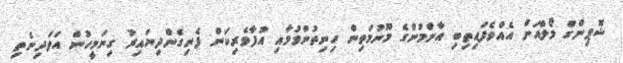
ޝޮޕިންގް މޯލްއަށް އެއްވެފައިތިބި އާންމުންގެ މޫނުމަތިން ހިނިތުންވުމާއި އުފާވެރިކަން ފެނިގެންދިޔައިރު ގިނަމީހުން އަވަދިނެތި